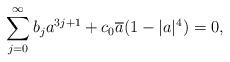
LaTeX: \begin{align*}\sum_{j=0}^{\infty}b_ja^{3j+1}+c_0\overline{a}(1-|a|^4)=0,\end{align*}